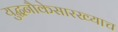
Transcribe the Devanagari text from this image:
युद्धनौकेसारख्याच